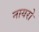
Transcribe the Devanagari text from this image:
नायरो